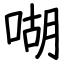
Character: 㗅